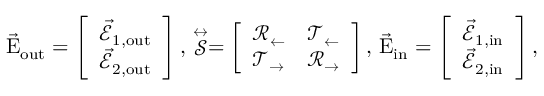
\vec { \mathrm { E } } _ { \mathrm { { o u t } } } = \left[ \begin{array} { l } { \vec { \mathcal { E } } _ { 1 , \mathrm { o u t } } } \\ { \vec { \mathcal { E } } _ { 2 , \mathrm { o u t } } } \end{array} \right] , \, \stackrel { \leftrightarrow } { \mathcal { S } } = \left[ \begin{array} { l l } { \mathcal { R } _ { \leftarrow } } & { \mathcal { T } _ { \leftarrow } } \\ { \mathcal { T } _ { \rightarrow } } & { \mathcal { R } _ { \rightarrow } } \end{array} \right] , \, \vec { \mathrm { E } } _ { \mathrm { { i n } } } = \left[ \begin{array} { l } { \vec { \mathcal { E } } _ { 1 , \mathrm { i n } } } \\ { \vec { \mathcal { E } } _ { 2 , \mathrm { i n } } } \end{array} \right] ,